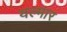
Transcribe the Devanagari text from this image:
यल्मार